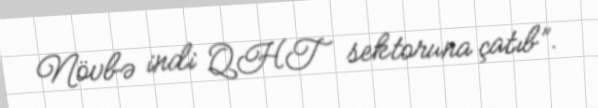
Növbə indi QHT sektoruna çatıb”.